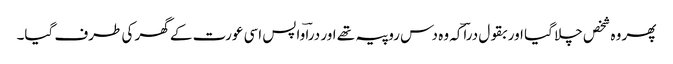
پھر وہ شخص چلا گیا اور بقول دراؔکہ وہ دس روپیہ تھے اور دراؔ واپس اسی عورت کے گھر کی طرف گیا۔